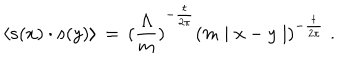
\langle { \bf s } ( x ) \cdot { \bf s } ( y ) \rangle \, = \, { ( \frac { \Lambda } { m } ) } ^ { - \frac { t } { 2 \pi } } { ( m \mid x - y \mid ) } ^ { - \frac { t } { 2 \pi } } \; .